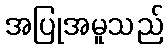
အပြုအမူသည်